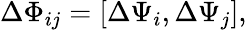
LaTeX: \Delta\Phi_{ij}=[\Delta\Psi_{i},\Delta\Psi_{j}],